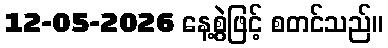
12-05-2026 နေ့စွဲဖြင့် စတင်သည်။